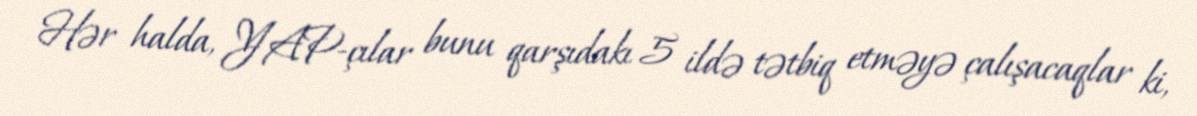
Hər halda, YAP-çılar bunu qarşıdakı 5 ildə tətbiq etməyə çalışacaqlar ki,